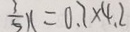
\frac { 3 } { 5 } x = 0 . 7 \times 4 . 2